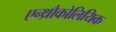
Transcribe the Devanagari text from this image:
एन्थ्रौकोलियिक